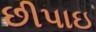
છીપાઇ